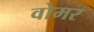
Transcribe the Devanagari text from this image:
वोमर